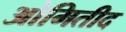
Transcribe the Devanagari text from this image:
ओमितीद